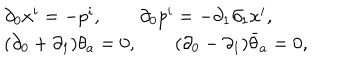
\begin{array} { l } { { \partial _ { 0 } x ^ { i } = - p ^ { i } , \qquad \partial _ { 0 } p ^ { i } = - \partial _ { 1 } \partial _ { 1 } x ^ { i } , } } \\ { { ( \partial _ { 0 } + \partial _ { 1 } ) \theta _ { a } = 0 , \qquad ( \partial _ { 0 } - \partial _ { 1 } ) \bar { \theta } _ { \dot { a } } = 0 , } } \\ \end{array}